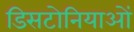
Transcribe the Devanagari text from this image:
डिसटोनियाओं